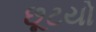
છૂટયો